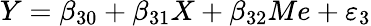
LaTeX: Y=\beta_{30}+\beta_{31}X+\beta_{32}Me+\varepsilon_{3}